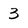
Character: 3